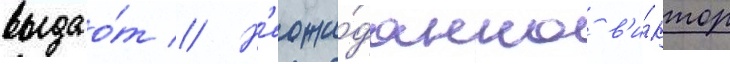
выдао́т // Н'еожи́данно в'и́ктор